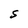
Character: S